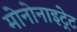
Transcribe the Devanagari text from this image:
मोनोनाइट्रेट